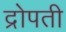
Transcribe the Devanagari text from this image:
द्रोपती